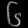
Digit: ၆